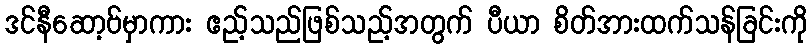
ဒင်နီဆော့ဗ်မှာကား ဧည့်သည်ဖြစ်သည့်အတွက် ပီယာ စိတ်အားထက်သန်ခြင်းကို